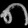
Digit: ၈